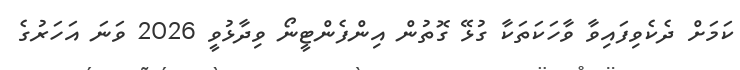
ކަމަށް ދެކެވިފައިވާ ވާހަކަތަކާ ގުޅޭ ގޮތުން އިންފެންޓީނޯ ވިދާޅުވީ 2026 ވަނަ އަހަރުގެ